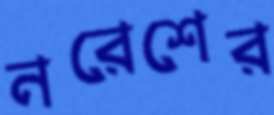
নরেশের